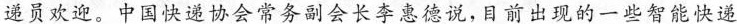
递员欢迎。中国快递协会常务副会长李惠德说，目前出现的一些智能快递